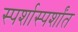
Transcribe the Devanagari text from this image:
स्पर्शास्पर्शांत